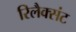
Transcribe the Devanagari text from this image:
रिलैक्संट